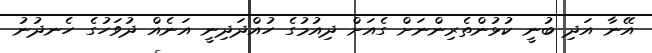
އޭނާ އަދި ބުނީ ކުޅުންތެރިންނަށް ގެއަށް ދިއުމުގެ ހުއްދަދިނީ އަނެއް ދުވަހުގެ ހެނދުނު